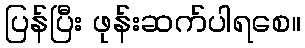
ပြန်ပြီး ဖုန်းဆက်ပါရစေ။